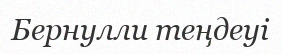
Бернулли теңдеуі